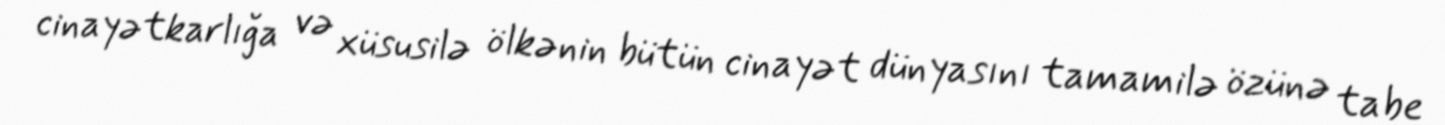
cinayətkarlığa və xüsusilə ölkənin bütün cinayət dünyasını tamamilə özünə tabe